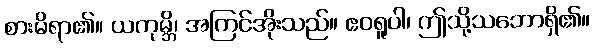
စားမိရာ၏။ ယကုမ္ဘိ၊ အကြင်အိုးသည်။ ဧဝရူပါ၊ ဤသို့သဘောရှိ၏။